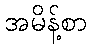
အမိန့်စာ